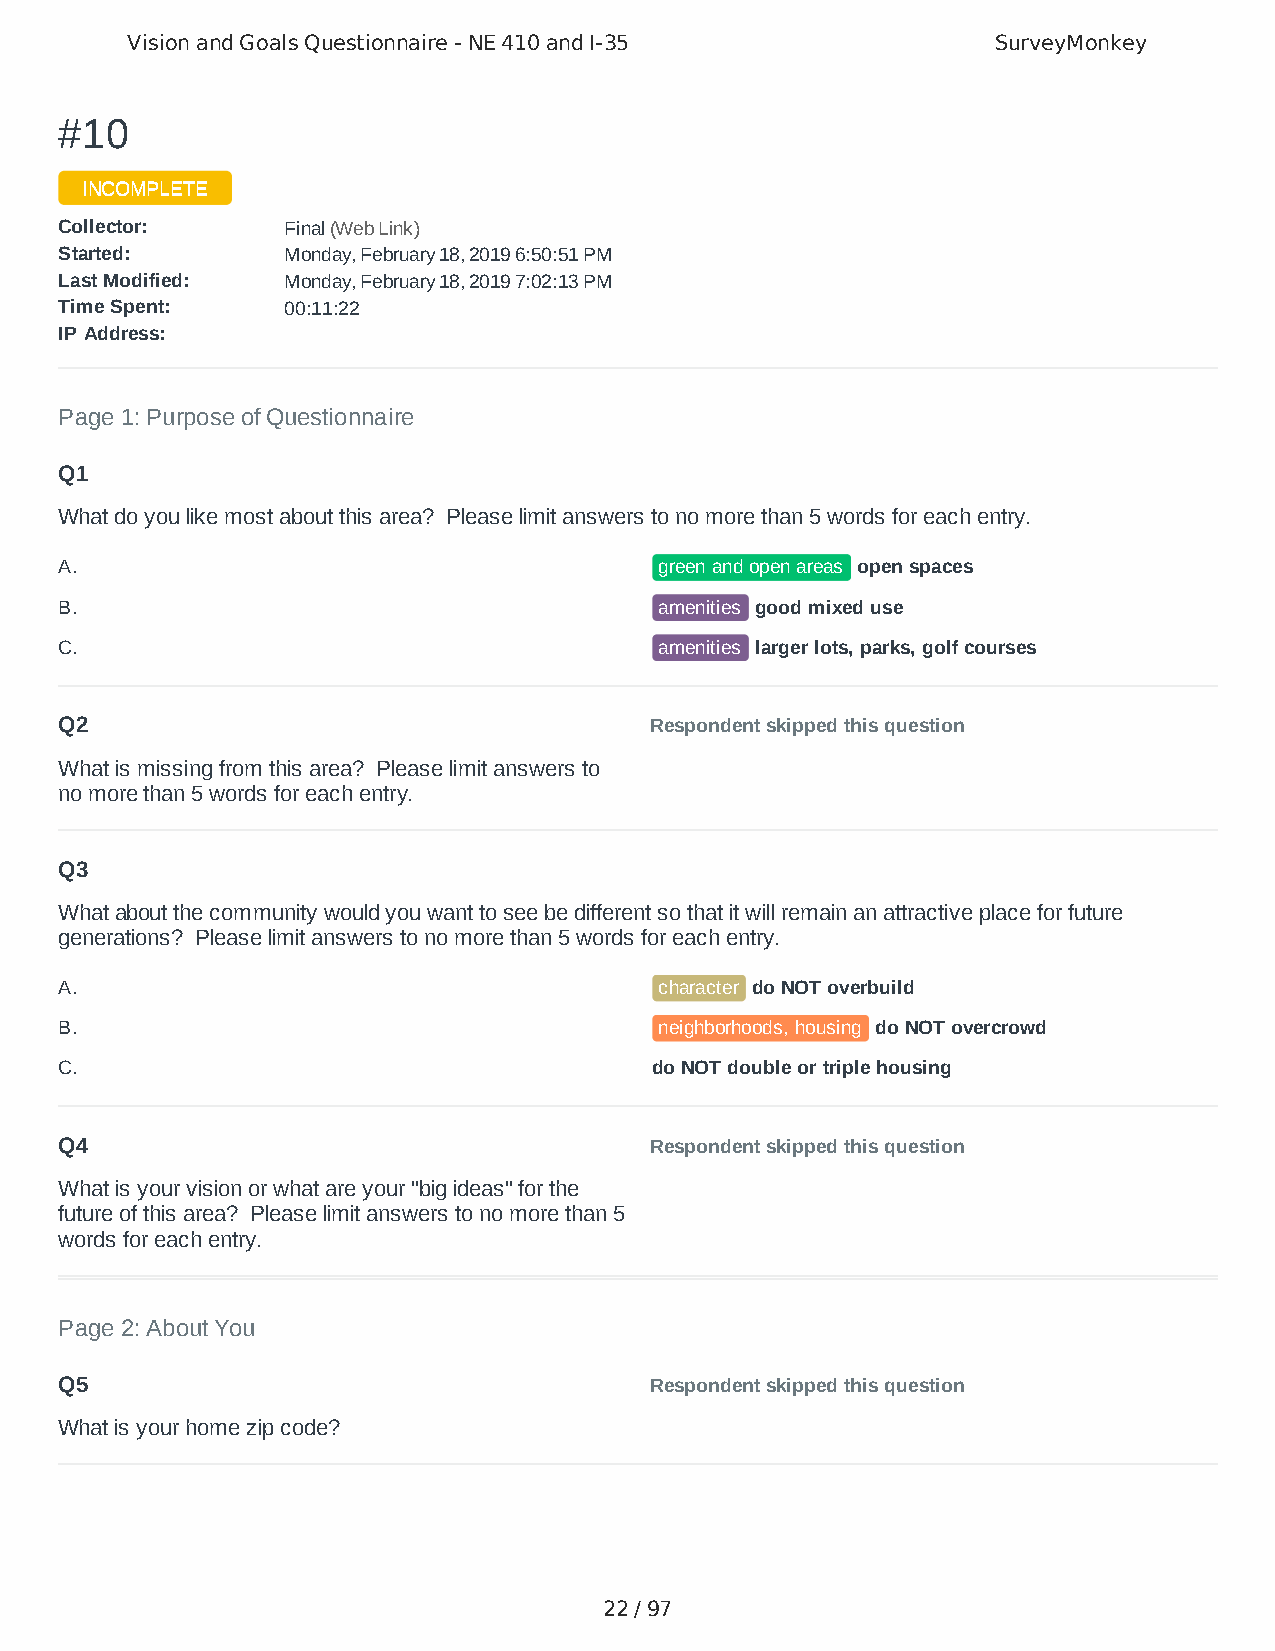
Vision and Goals Questionnaire - NE 410 and I-35          SurveyMonkey
 ##1100
 IINNCCOOMMPPLLEETTEE
 CCoolllleeccttoorr:: FFiinnaall ((WWeebb LLiinnkk))
 SSttaarrtteedd:: MMoonnddaayy,, FFeebbrruuaarryy 1188,, 22001199 66::5500::5511 PPMM
 LLaasstt MMooddiiffiieedd:: MMoonnddaayy,, FFeebbrruuaarryy 1188,, 22001199 77::0022::1133 PPMM
 TTiimmee SSppeenntt:: 0000::1111::2222
 IIPP AAddddrreessss::
 Page 1: Purpose of Questionnaire
 Q1
 What do you like most about this area? Please limit answers to no more than 5 words for each entry.
 A.                                      green and open areas open spaces
 B.                                      amenities good mixed use
 C.                                      amenities larger lots, parks, golf courses
 Q2                                     Respondent skipped this question
 What is missing from this area? Please limit answers to
 no more than 5 words for each entry.
 Q3
 What about the community would you want to see be different so that it will remain an attractive place for future
 generations? Please limit answers to no more than 5 words for each entry.
 A.                                      character do NOT overbuild
 B.                                      neighborhoods, housing do NOT overcrowd
 C.                                     do NOT double or triple housing
 Q4                                     Respondent skipped this question
 What is your vision or what are your "big ideas" for the
 future of this area? Please limit answers to no more than 5
 words for each entry.
 Page 2: About You
 Q5                                     Respondent skipped this question
 What is your home zip code?
 22 / 97